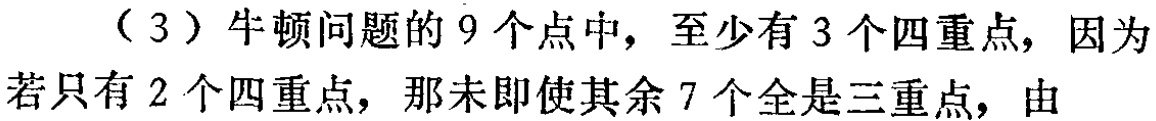
（3）牛顿问题的 9 个点中，至少有 3 个四重点，因为若只有 2 个四重点，那未即使其余 7 个全是三重点，由